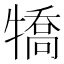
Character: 犞